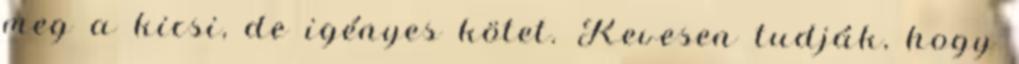
meg a kicsi, de igényes kötet. Kevesen tudják, hogy